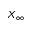
X _ { \infty }